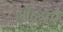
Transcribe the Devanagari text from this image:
मोंहन्ती